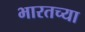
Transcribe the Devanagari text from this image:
भारतच्या